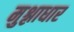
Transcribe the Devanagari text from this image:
मुश्लाधार